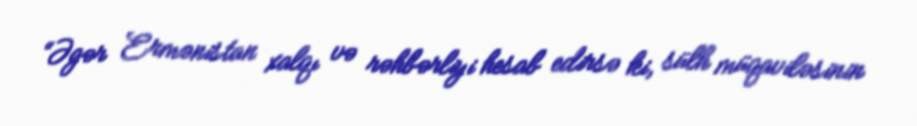
“Əgər Ermənistan xalqı və rəhbərliyi hesab edirsə ki, sülh müqaviləsinin